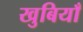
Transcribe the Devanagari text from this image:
खुबियाँ